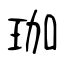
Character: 珈